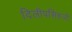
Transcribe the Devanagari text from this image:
दिलीपसिंहजी